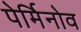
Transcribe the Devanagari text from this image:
पेर्मिनोव